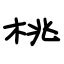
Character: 桃